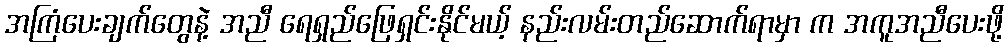
အကြံပေးချက်တွေနဲ့ အညီ ရေရှည်ဖြေရှင်းနိုင်မယ့် နည်းလမ်းတည်ဆောက်ရာမှာ က အကူအညီပေးဖို့